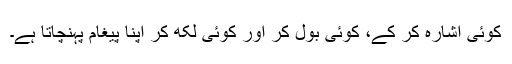
کوئی اشارہ کر کے، کوئی بول کر اور کوئی لکھ کر اپنا پیغام پہنچاتا ہے۔